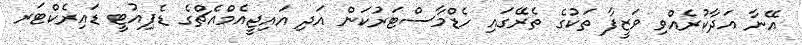
އޭނާ އަދާކުރެއްވި ވަޒީފާ ތަކުގެ ތެރޭގައި ހެޑްމާސްޓަރުކަން އަދި އައިޖީއެމްއެޗްގެ ޑެޕިއުޓީ ޑައިރެކްޓަރ